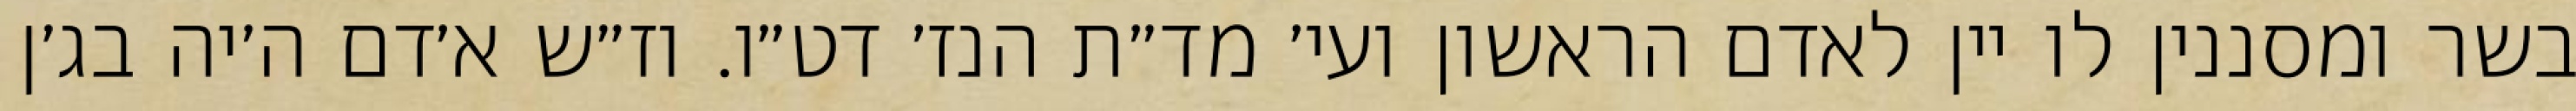
בשר ומסננין לו יין לאדם הראשון ועי׳ מד״ת הנז׳ דט״ו. וז״ש א׳דם ה׳יה בג׳ן